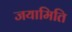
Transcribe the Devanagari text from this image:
जयामिति